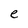
Character: e